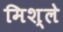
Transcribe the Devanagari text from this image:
मिश्ले